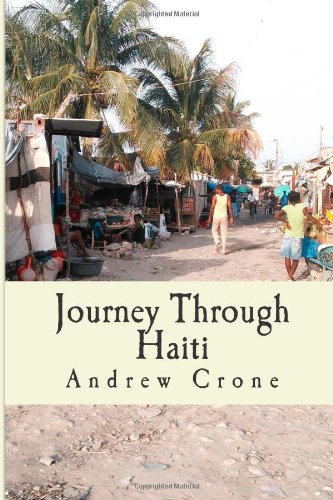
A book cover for Journey Through Haiti; Andrew Crone; Travel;